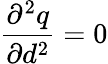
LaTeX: \frac{\partial^{2}q}{\partial d^{2}}=0